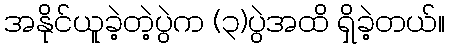
အနိုင်ယူခဲ့တဲ့ပွဲက (၃)ပွဲအထိ ရှိခဲ့တယ်။